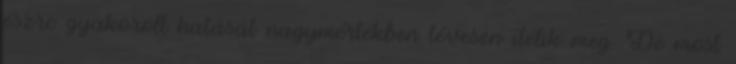
észre gyakorolt hatását nagymértékben tévesen ítélik meg. De most